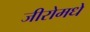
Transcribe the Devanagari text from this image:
जीरोमधे